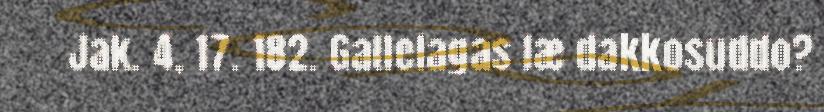
Jak. 4, 17. 182. Gallelagas læ dakkosuddo?